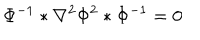
LaTeX: \Phi ^ { - 1 } * \nabla ^ { 2 } \Phi ^ { 2 } * \Phi ^ { - 1 } = 0